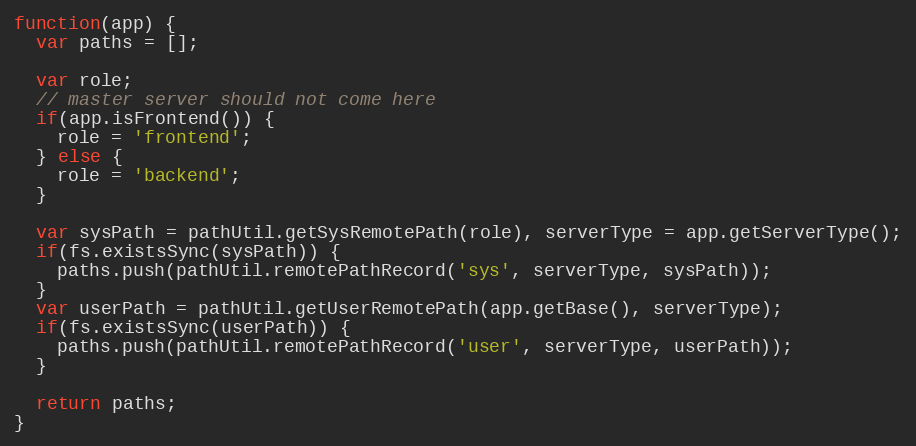
Language: JavaScript
function(app) {
  var paths = [];

  var role;
  // master server should not come here
  if(app.isFrontend()) {
    role = 'frontend';
  } else {
    role = 'backend';
  }

  var sysPath = pathUtil.getSysRemotePath(role), serverType = app.getServerType();
  if(fs.existsSync(sysPath)) {
    paths.push(pathUtil.remotePathRecord('sys', serverType, sysPath));
  }
  var userPath = pathUtil.getUserRemotePath(app.getBase(), serverType);
  if(fs.existsSync(userPath)) {
    paths.push(pathUtil.remotePathRecord('user', serverType, userPath));
  }

  return paths;
}